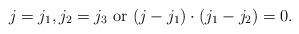
LaTeX: \begin{align*} j=j_1,j_2=j_3 \textmd{ or }(j-j_1) \cdot (j_1-j_2)=0.\end{align*}